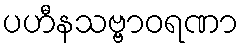
ပဟီနသဗ္ဗာဝရဏာ